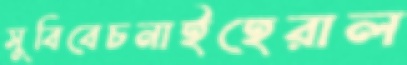
সুবিবেচনাইহেরাল